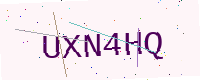
Text: UXN4HQ